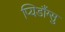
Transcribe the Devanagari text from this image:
प्यिडौंग्सु